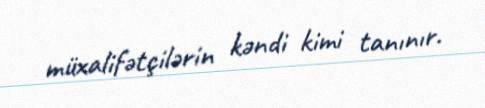
müxalifətçilərin kəndi kimi tanınır.